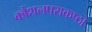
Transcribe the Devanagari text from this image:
कौशलपराकष्ठा